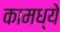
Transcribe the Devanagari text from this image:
कामध्ये